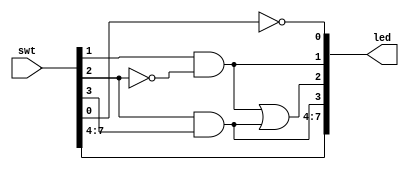
`timescale 1ns / 1ps
//////////////////////////////////////////////////////////////////////////////////
// Module Name: lab1
//////////////////////////////////////////////////////////////////////////////////


module lab1(
    input [7:0] swt,
     output [7:0] led
    );
    
    assign led[0] = ~swt[0];
    assign led[1] = swt[1] & ~swt[2];
    assign led[3] = swt[2] & swt[3];
    assign led[2] = led[1] | led[3];
    
    assign led[7:4] = swt[7:4];
    
endmodule